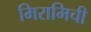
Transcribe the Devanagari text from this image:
मिरामिची